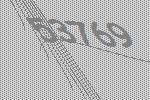
53769